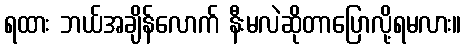
ရထား ဘယ်အချိန်လောက် နီးမလဲဆိုတာပြောလို့ရမလား။